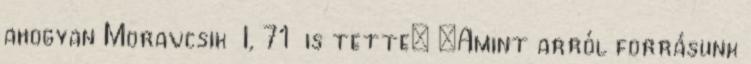
ahogyan Moravcsik I, 71 is tette: „Amint arról forrásunk